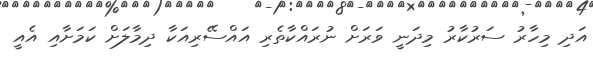
އަދި މިހާރު ސަރުކާރު މިދަނީ ވަރަށް ނުރައްކާތެރި އައްސޭރިއަކާ ދިމާލަށް ކަމަށާއި އެއީ